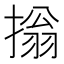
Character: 㨣